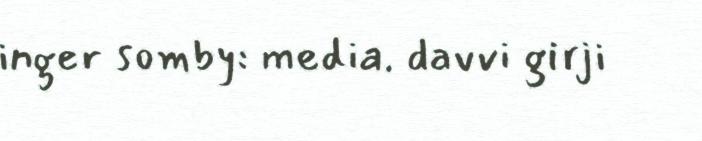
inger somby: media. davvi girji